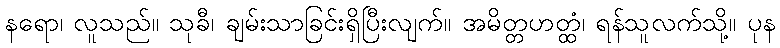
နရော၊ လူသည်။ သုခီ၊ ချမ်းသာခြင်းရှိပြီးလျက်။ အမိတ္တဟတ္ထံ၊ ရန်သူလက်သို့။ ပုန